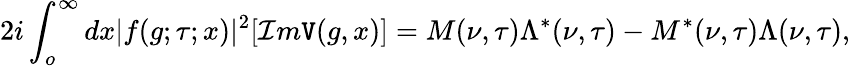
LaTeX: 2i\int_{o}^{\infty}dx|f(g;\tau;x)|^{2}[\mathcal{I}m\mathtt{V}(g,x)]=M(\nu,\tau)\Lambda^{*}(\nu,\tau)-M^{*}(\nu,\tau)\Lambda(\nu,\tau),